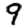
Digit: 9